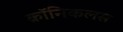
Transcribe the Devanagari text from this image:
क्रॉनिकलस